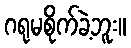
ဂရုမစိုက်ခဲ့ဘူး။